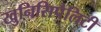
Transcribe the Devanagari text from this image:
खुनिसिपैलिटी